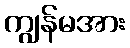
ကျွန်မအား